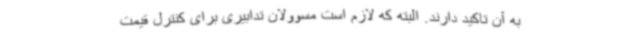
به آن تاکید دارند. البته که لازم است مسوولان تدابیری برای کنترل قیمت